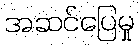
အဆင်ပြေမှု